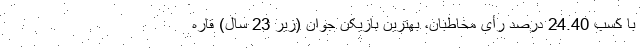
با کسب 24.40 درصد رأی مخاطبان، بهترین بازیکن جوان (زیر 23 سال) قاره